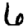
Digit: 6